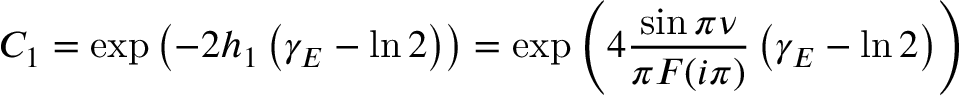
C _ { 1 } = \exp \left( - 2 h _ { 1 } \left( \gamma _ { E } - \ln 2 \right) \right) = \exp \left( 4 \frac { \sin \pi \nu } { \pi F ( i \pi ) } \left( \gamma _ { E } - \ln 2 \right) \right)